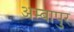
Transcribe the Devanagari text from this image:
अम्बापुर